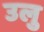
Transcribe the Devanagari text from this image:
उलु